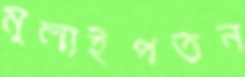
মুলাইপত্তন